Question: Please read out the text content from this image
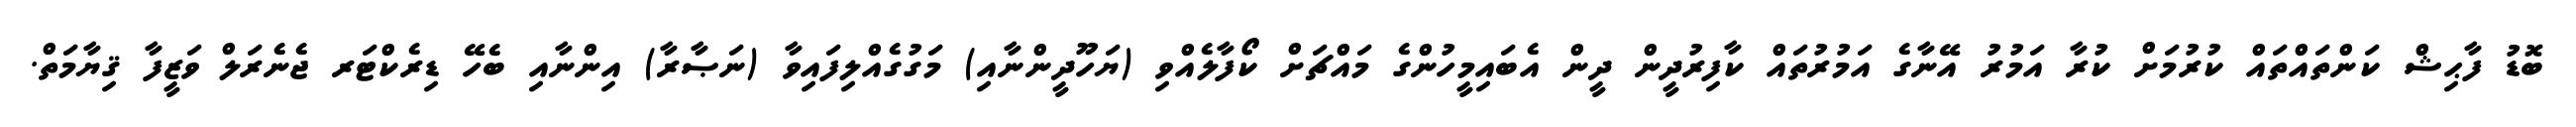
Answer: ބޮޑު ފާޙިޝް ކަންތައްތައް ކުރުމަށް ކުރާ އަމުރު އޭނާގެ އަމުރުތައް ކާފިރުދީން ދީން އެބައިމީހުންގެ މައްޗަށް ކޯފާލެއްވި (ޔަހޫދީންނާއި) މަގުގެއްލިފައިވާ (ނަޞާރާ) އިންނާއި ބެހޭ ޑިރެކްޓަރ ޖެނެރަލް ވަޒީފާ ޤިޔާމަތް.